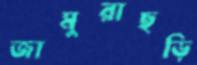
জামুরাছড়ি